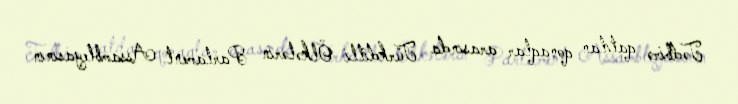
Tədbirə qatılan qonaqlar arasında Türkdilli Ölkələrin Parlament Assambleyasının